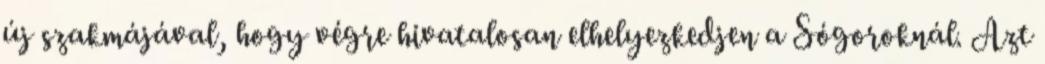
új szakmájával, hogy végre hivatalosan elhelyezkedjen a Sógoroknál. Azt